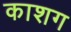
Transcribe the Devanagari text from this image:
काशग